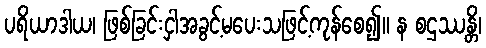
ပရိယာဒါယ၊ ဖြစ်ခြင်းငှါအခွင့်မပေးသဖြင့်ကုန်စေ၍။ န စဌဿန္တိ၊